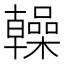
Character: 𫧭